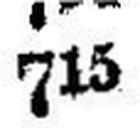
715